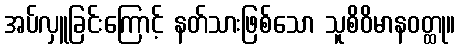
အပ်လှူခြင်းကြောင့် နတ်သားဖြစ်သော သူစိဝိမာနဝတ္ထု။